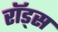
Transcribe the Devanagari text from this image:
राॅड्स